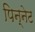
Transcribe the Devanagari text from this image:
पिन्नेट